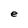
Character: e